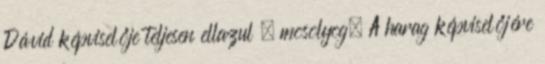
Dávid képviselője teljesen ellazul , mosolyog. A harag képviselőjére